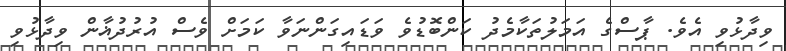
ވިދާޅުވި އެވެ. ޕާސްގެ އަމަލުތަކާމެދު ކަންބޮޑުވެ ވަޑައިގަންނަވާ ކަމަށް ވެސް އުރުދުޣާން ވިދާޅުވި